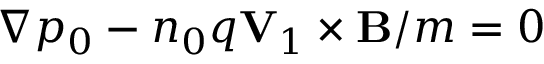
\nabla p _ { 0 } - n _ { 0 } q \mathbf { V } _ { 1 } \times \mathbf { B } / m = 0